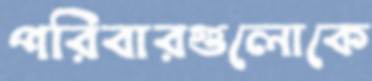
পরিবারগুলোকে